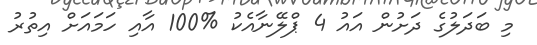
މި ބަދަލުގެ ދަށުން އައު 4 ޕްލޭނާއެކު %100 އާއި ހަމައަށް އިތުރު